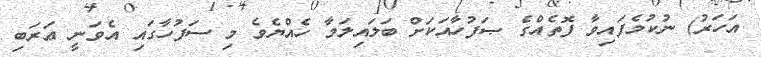
އަހަރު) ނުކުމެފައިވާ ފޮތެއްގެ ޞަފުހާއަކަށް ބަލައިލަމާ ހެއްޔެވެ މި ސަފުހާގައި އެވަނީ ޢަރަބި